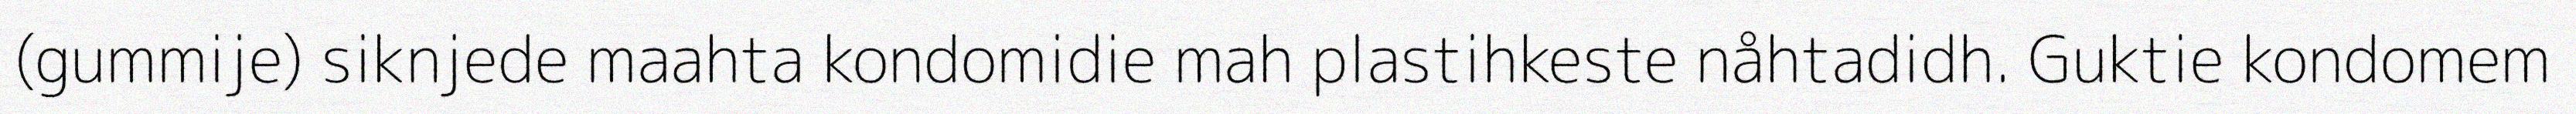
(gummije) siknjede maahta kondomidie mah plastihkeste nåhtadidh. Guktie kondomem